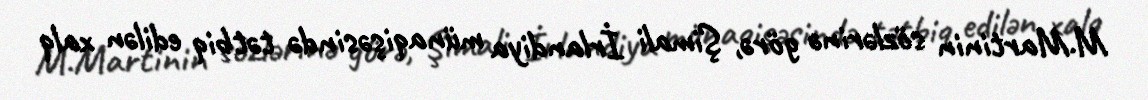
M.Martinin sözlərinə görə, Şimali İrlandiya münaqişəsində tətbiq edilən xalq